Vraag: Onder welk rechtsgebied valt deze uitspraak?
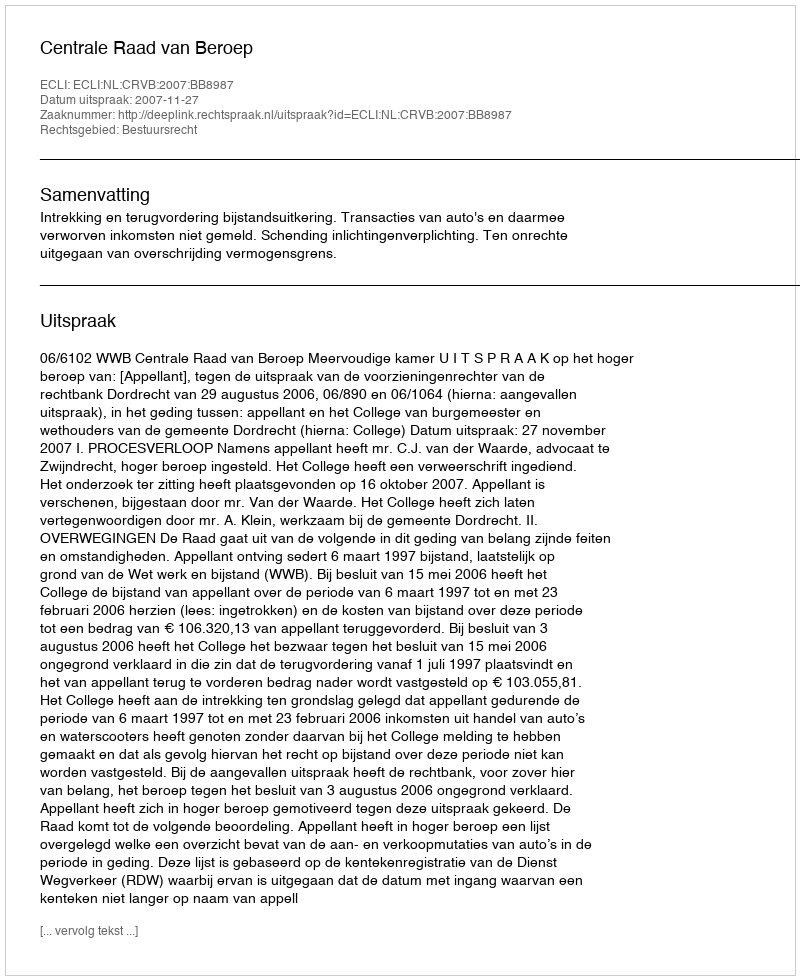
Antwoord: Bestuursrecht